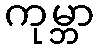
ကုမ္ဘာ